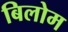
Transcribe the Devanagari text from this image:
बिलोम